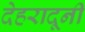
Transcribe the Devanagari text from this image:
देहरादूनी